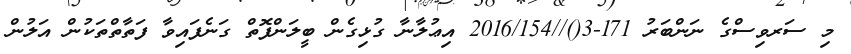
މި ސަރވިސްގެ ނަންބަރު 171-3()//2016/154 އިޢުލާނާ ގުޅިގެން ބީލަންފޮތް ގަނެފައިވާ ފަތާތްތަކުން އަލުން